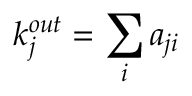
k _ { j } ^ { o u t } = \sum _ { i } a _ { j i }